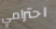
احترامي